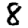
Digit: 8